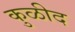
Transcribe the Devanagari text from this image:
कुळीद